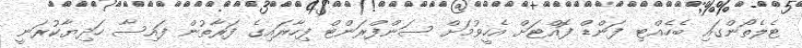
ޓެލެތޯންގައި ބެހެއްޓި ފަންޑް ފޮއްޓަށް އެހީވުމަށް ސަންފްރަންޓް ފިހާރައިގެ ފަރާތުން ފައިސާ ހަދިޔާކުރަނީ